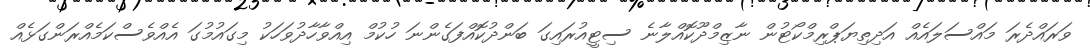
ވަރައްދެރަ މައްސަލައެއް އަދިތިިޔަޕްރިމްކޯޓުން ނާޒިމްދޫކޮއްލާނެ ސިޓީއުރައިގަ ބަންދުކޮއްފަގެންނަ ހުކުމް އިއްވާހާދުވަހަކު މިގައުމުގަ އެއްވެސްކަމެއްރަންގަޅެއް